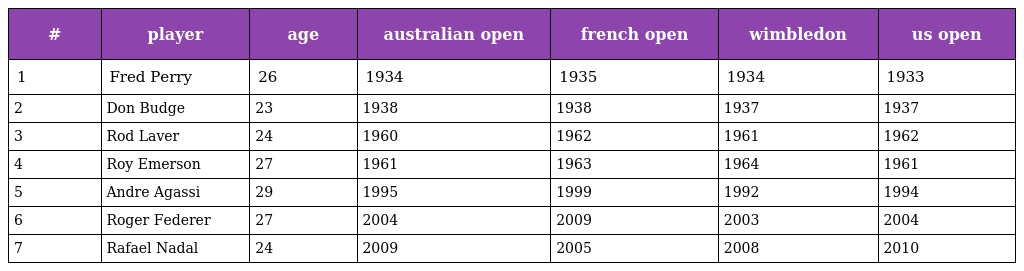
| # | player | age | australian open | french open | wimbledon | us open |
 | --- | --- | --- | --- | --- | --- | --- |
 | 1 | Fred Perry | 26 | 1934 | 1935 | 1934 | 1933 |
 | 2 | Don Budge | 23 | 1938 | 1938 | 1937 | 1937 |
 | 3 | Rod Laver | 24 | 1960 | 1962 | 1961 | 1962 |
 | 4 | Roy Emerson | 27 | 1961 | 1963 | 1964 | 1961 |
 | 5 | Andre Agassi | 29 | 1995 | 1999 | 1992 | 1994 |
 | 6 | Roger Federer | 27 | 2004 | 2009 | 2003 | 2004 |
 | 7 | Rafael Nadal | 24 | 2009 | 2005 | 2008 | 2010 |